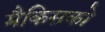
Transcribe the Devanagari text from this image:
मैकिसको